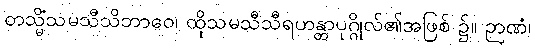
တသ္မိံသမသီသိဘာဝေ၊ ထိုသမသီသီရဟန္တာပုဂ္ဂိုလ်၏အဖြစ် ၌။ ဉာဏံ၊